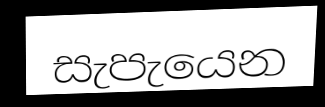
සැපැයෙන